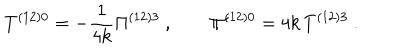
T ^ { \left( 1 2 \right) 0 } = - \frac { 1 } { 4 k } \Pi ^ { \left( 1 2 \right) 3 } \ , \qquad \Pi ^ { ( 1 2 ) 0 } = 4 k \, T ^ { ( 1 2 ) 3 } \ .